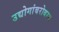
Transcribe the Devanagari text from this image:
उद्योगांबरोबरच